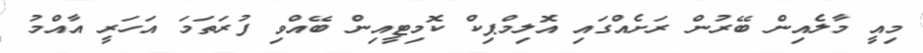
މިއީ މާލެއިން ބޭރުން ރަށެއްގައި އޮލިމްޕިކް ކޮމިޓީއިން ބޭއްވި ފުރަތަމަ އަހަރީ އާއްމު